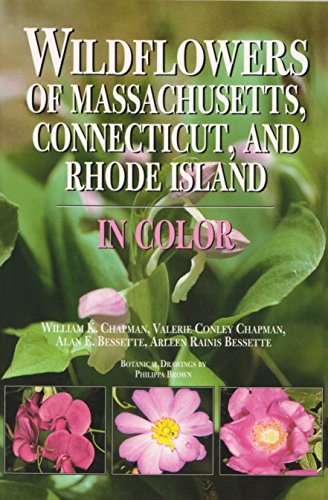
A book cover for Wildflowers of Massachusetts, Connecticut, and Rhode Island in Color; William Chapman; Crafts, Hobbies & Home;